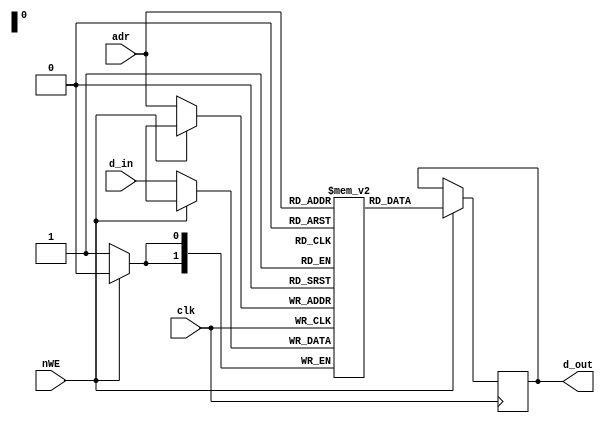
module sram #(parameter AW = 2,
              DW = 2)
             (clk,
              nWE,
              adr,
              d_in,
              d_out);
    // AW: Address Width
    // DW: Data Width
    input clk;
    input nWE;
    input[AW-1:0] adr;
    input[DW-1:0] d_in;
    output reg[DW-1:0] d_out;
    
    reg[DW-1:0] DataStorage[(1<<AW)-1:0];
    
    always @(posedge clk) begin
        if (nWE) begin
            d_out[DW-1:0] <= #5 DataStorage[adr][DW-1:0];
        end
        else begin
            DataStorage[adr][DW-1:0] <= #5 d_in;
        end
    end
    
endmodule